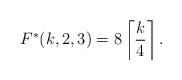
LaTeX: \begin{align*} F^*(k,2,3)=8\left\lceil\frac{k}{4}\right\rceil.\end{align*}